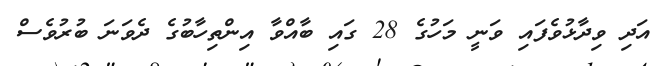
އަދި ވިދާޅުވެފައި ވަނީ މަހުގެ 28 ގައި ބާއްވާ އިންތިހާބުގެ ދެވަނަ ބުރުވެސް